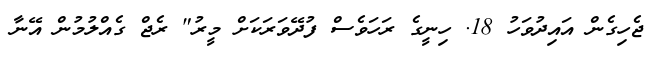
ޖެހިގެން އައިދުވަހު 18. ހިނީގެ ރަހަވެސް ފުދޭވަރަކަށް މީރު" ރެޖް ގެއްލުމުން އޭނާ